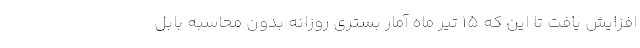
افزایش یافت تا این که ۱۵ تیر ماه آمار بستری روزانه بدون محاسبه بابل